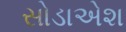
સોડાએશ